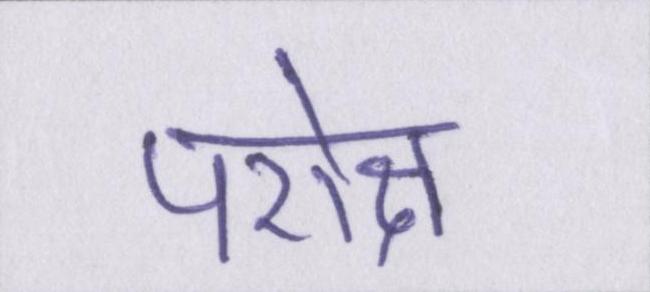
परोक्ष